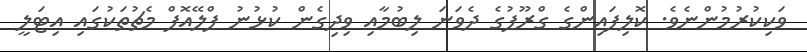
ވަކިކުރުމުންނެވެ. ކޮލިފައިންގެ ގްރޫޕުގެ ދެވަނަ ލިބުމާއި ވިދިގެން ކުޅުނު ޕްލޭއޮފް މެޗުތަކުގައި އިޓަލީ